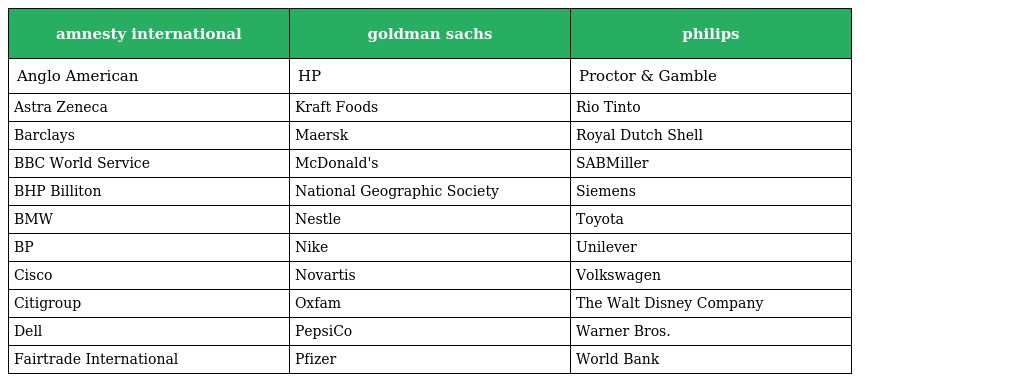
| amnesty international | goldman sachs | philips |
 | --- | --- | --- |
 | Anglo American | HP | Proctor & Gamble |
 | Astra Zeneca | Kraft Foods | Rio Tinto |
 | Barclays | Maersk | Royal Dutch Shell |
 | BBC World Service | McDonald's | SABMiller |
 | BHP Billiton | National Geographic Society | Siemens |
 | BMW | Nestle | Toyota |
 | BP | Nike | Unilever |
 | Cisco | Novartis | Volkswagen |
 | Citigroup | Oxfam | The Walt Disney Company |
 | Dell | PepsiCo | Warner Bros. |
 | Fairtrade International | Pfizer | World Bank |